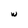
Character: w